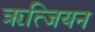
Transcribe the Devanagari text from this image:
ॠत्जियन